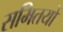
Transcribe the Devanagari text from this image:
समितयों